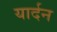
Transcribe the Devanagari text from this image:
यार्दन